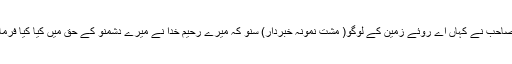
محمد صاحب نے کہاں اے روئے زمین کے لوگو( مشت نمونہ خبردار) سُنو کہ میرے رحیم خدا نے میرے دشمنو کے حق میں کیا کیا فرمایا ہے۔